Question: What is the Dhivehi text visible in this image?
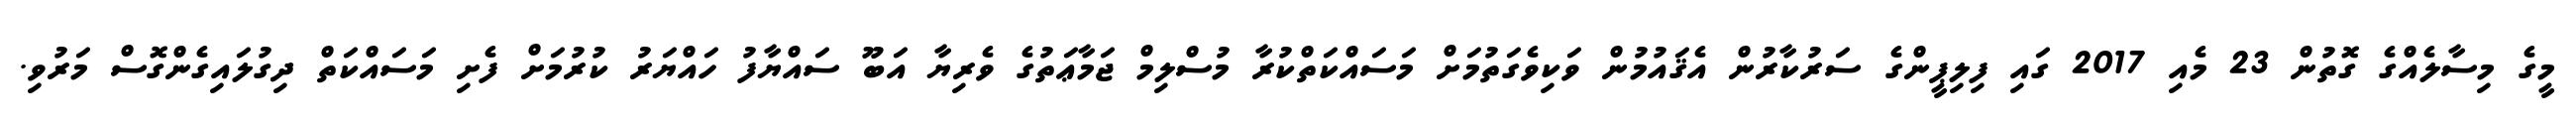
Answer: މީގެ މިސާލެއްގެ ގޮތުން 23 މެއި 2017 ގައި ފިލިޕީންގެ ސަރުކާރުން އެޤައުމުން ވަކިވެގަތުމަށް މަސައްކަތްކުރާ މުސްލިމް ޖަމާޢަތުގެ ވެރިޔާ އަބޫ ސައްޔާފު ހައްޔަރު ކުރުމަށް ފެށި މަސައްކަތް ދިގުލައިގެންގޮސް މަރުވި.